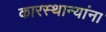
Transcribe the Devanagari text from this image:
कारस्थान्यांना